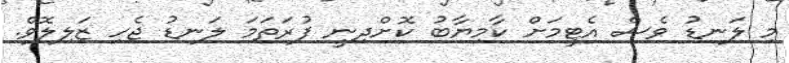
މި ލަނޑު ވެސް އެޓީމަށް ކާމިޔާބު ކޮށްދިނީ ފުރަތަމަ ލަނޑު ޖެހި ޒަލިލޮވް.